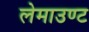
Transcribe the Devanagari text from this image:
लेमाउण्ट